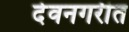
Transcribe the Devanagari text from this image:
देवनगरीत